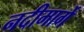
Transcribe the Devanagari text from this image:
नदीमार्गे